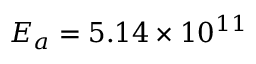
E _ { a } = 5 . 1 4 \times 1 0 ^ { 1 1 }